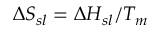
\Delta S _ { s l } = \Delta H _ { s l } / T _ { m }